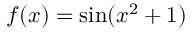
f ( x ) = \sin ( x ^ { 2 } + 1 )